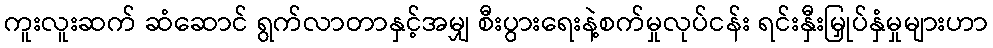
ကူးလူးဆက် ဆံဆောင် ရွက်လာတာနှင့်အမျှ စီးပွားရေးနဲ့စက်မှုလုပ်ငန်း ရင်းနှီးမြှုပ်နှံမှုများဟာ